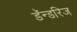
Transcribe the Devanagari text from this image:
डॅन्डरिज